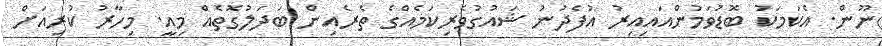
ނޫން. އެކަމަކު ބޮޑުވަމުންއައިއިރު އުފެދުނު ޝައުގުވެރިކަމެއްގެ ތެރެއިން ބަދަލުގޮތެއް މިއީ. މިހާރު ކުރިއަށް